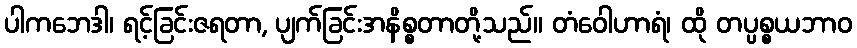
ပါကဘေဒါ၊ ရင့်ခြင်းဇရတာ, ပျက်ခြင်းအနိစ္စတာတို့သည်။ တံဝေါဟာရံ၊ ထို တပ္ပစ္စယဘာဝ